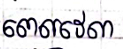
ពេលវេលា